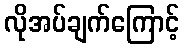
လိုအပ်ချက်ကြောင့်